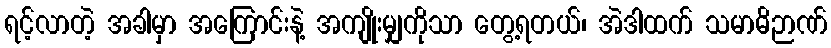
ရင့်လာတဲ့ အခါမှာ အကြောင်းနဲ့ အကျိုးမျှကိုသာ တွေ့ရတယ်၊ အဲဒါထက် သမာဓိဉာဏ်